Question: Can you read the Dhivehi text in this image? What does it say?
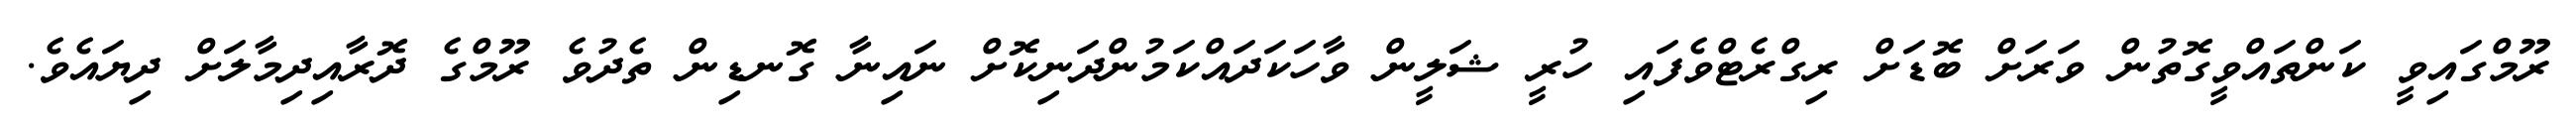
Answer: ރޫމްގައިވީ ކަންތައްވީގޮތުން ވަރަށް ބޮޑަށް ރިގްރެޓްވެފައި ހުރީ ޝަލީން ވާހަކަދައްކަމުންދަނިކޮށް ނައިނާ ގޮނޑިން ތެދުވެ ރޫމްގެ ދޮރާއިދިމާލަށް ދިޔައެވެ.